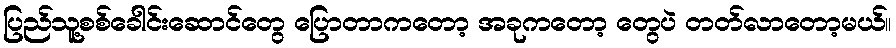
ပြည်သူ့စစ်ခေါင်းဆောင်တွေ ပြောတာကတော့ အခုကတော့ တွေပဲ တတ်လာတော့မယ်။